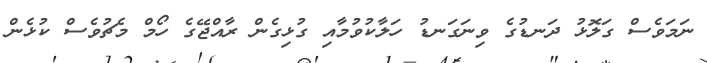
ނަމަވެސް ގަލޮޅު ދަނޑުގެ ވިނަގަނޑު ހަލާކުވުމާއި ގުޅިގެން ރާއްޖޭގެ ހޯމް މެޗުވެސް ކުޅެން